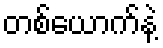
တစ်ယောက်နဲ့